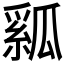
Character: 𤬇